Document type: Sale
Year: 1235
Scribe: Pere de Bages
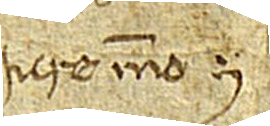
iure meo.